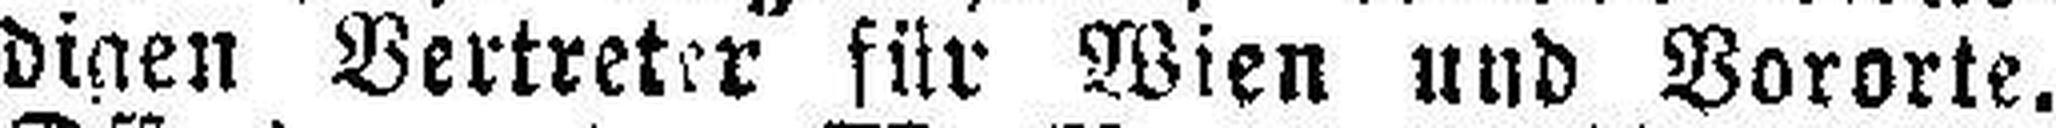
digen Vertreter für Wien und Vororte.